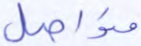
متواصل